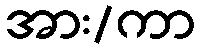
အား/ကာ